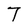
Character: 7